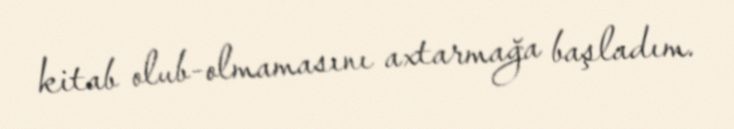
kitab olub-olmamasını axtarmağa başladım.